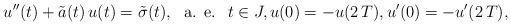
\begin{align*}u^{\prime\prime}(t)+\tilde{a}(t)\,u(t)=\tilde{\sigma}(t),\ \mbox{ a. e. }\;t\in J,u(0)=-u(2\,T),u^{\prime}(0)=-u^{\prime}(2\,T),\end{align*}